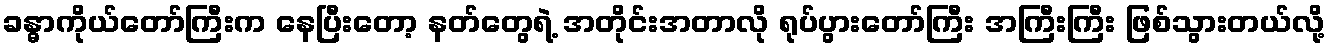
ခန္ဓာကိုယ်တော်ကြီးက နေပြီးတော့ နတ်တွေရဲ့ အတိုင်းအတာလို ရုပ်ပွားတော်ကြီး အကြီးကြီး ဖြစ်သွားတယ်လို့